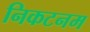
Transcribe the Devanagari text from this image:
निकटनम